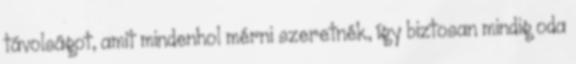
távolságot, amit mindenhol mérni szeretnék, így biztosan mindig oda